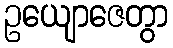
ဥယျောဇေတွာ